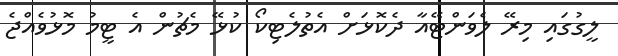
ލީގުގައި މިރޭ ލެވަންޓޭއާ ދެކޮޅަށް އެތުލެޓިކޯ ކުޅޭ މެޗުން އެ ޓީމު މޮޅުވެއްޖެ